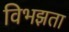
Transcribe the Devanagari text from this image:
विभझता